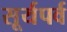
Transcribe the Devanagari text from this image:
सूर्यपर्व